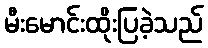
မီးမောင်းထိုးပြခဲ့သည်